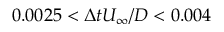
0 . 0 0 2 5 < \Delta t U _ { \infty } / D < 0 . 0 0 4